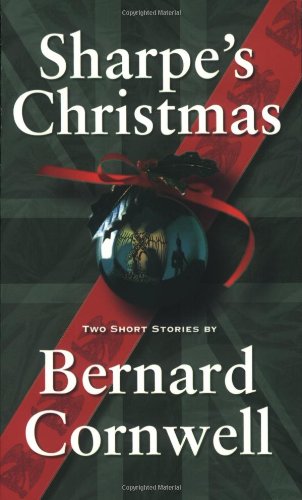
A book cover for Sharpe's Christmas: Two Short Stories (Richard Sharpe's Adventure Series); Bernard Cornwell; Literature & Fiction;